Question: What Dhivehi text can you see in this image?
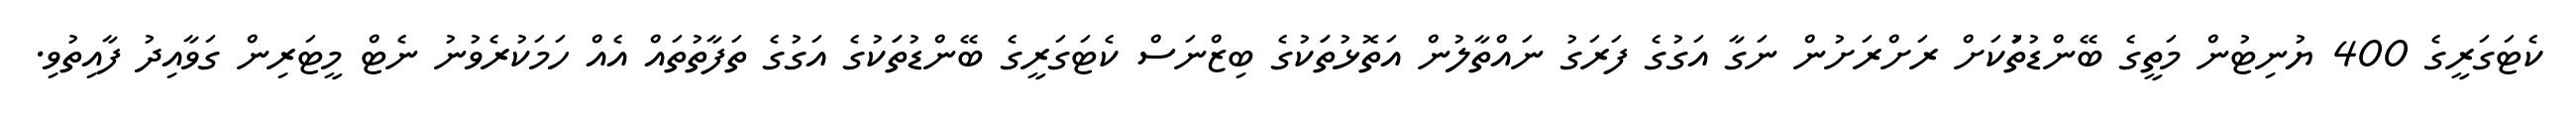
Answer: ކެޓަގަރީގެ 400 ޔުނިޓުން މަތީގެ ބޭންޑުތަުކަށް ރަށްރަށުން ނަގާ އަގުގެ ފަރަގު ނައްތާލުން އަތޮޅުތަަކުގެ ބިޒްނަސް ކެޓަގަރީގެ ބޭންޑުތަަކުގެ އަގުގެ ތަފާތުތައް އެއް ހަމަކުރެވުނު ނެޓް މީޓަރިން ގަވާއިދު ފާއިތުވި.